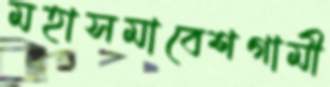
মহাসমাবেশগামী